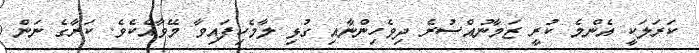
ކަރަލަކީ އެންމެ ކުރީ ޒަމާނުއްސުރެ ދިވެހިންނާއި ގުޅި ލާމެހިފައިވާ މޭވާއެކެވެ. ކަރާގެ ނަން